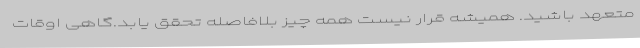
متعهد باشید. همیشه قرار نیست همه چیز بلافاصله تحقق یابد.گاهی اوقات